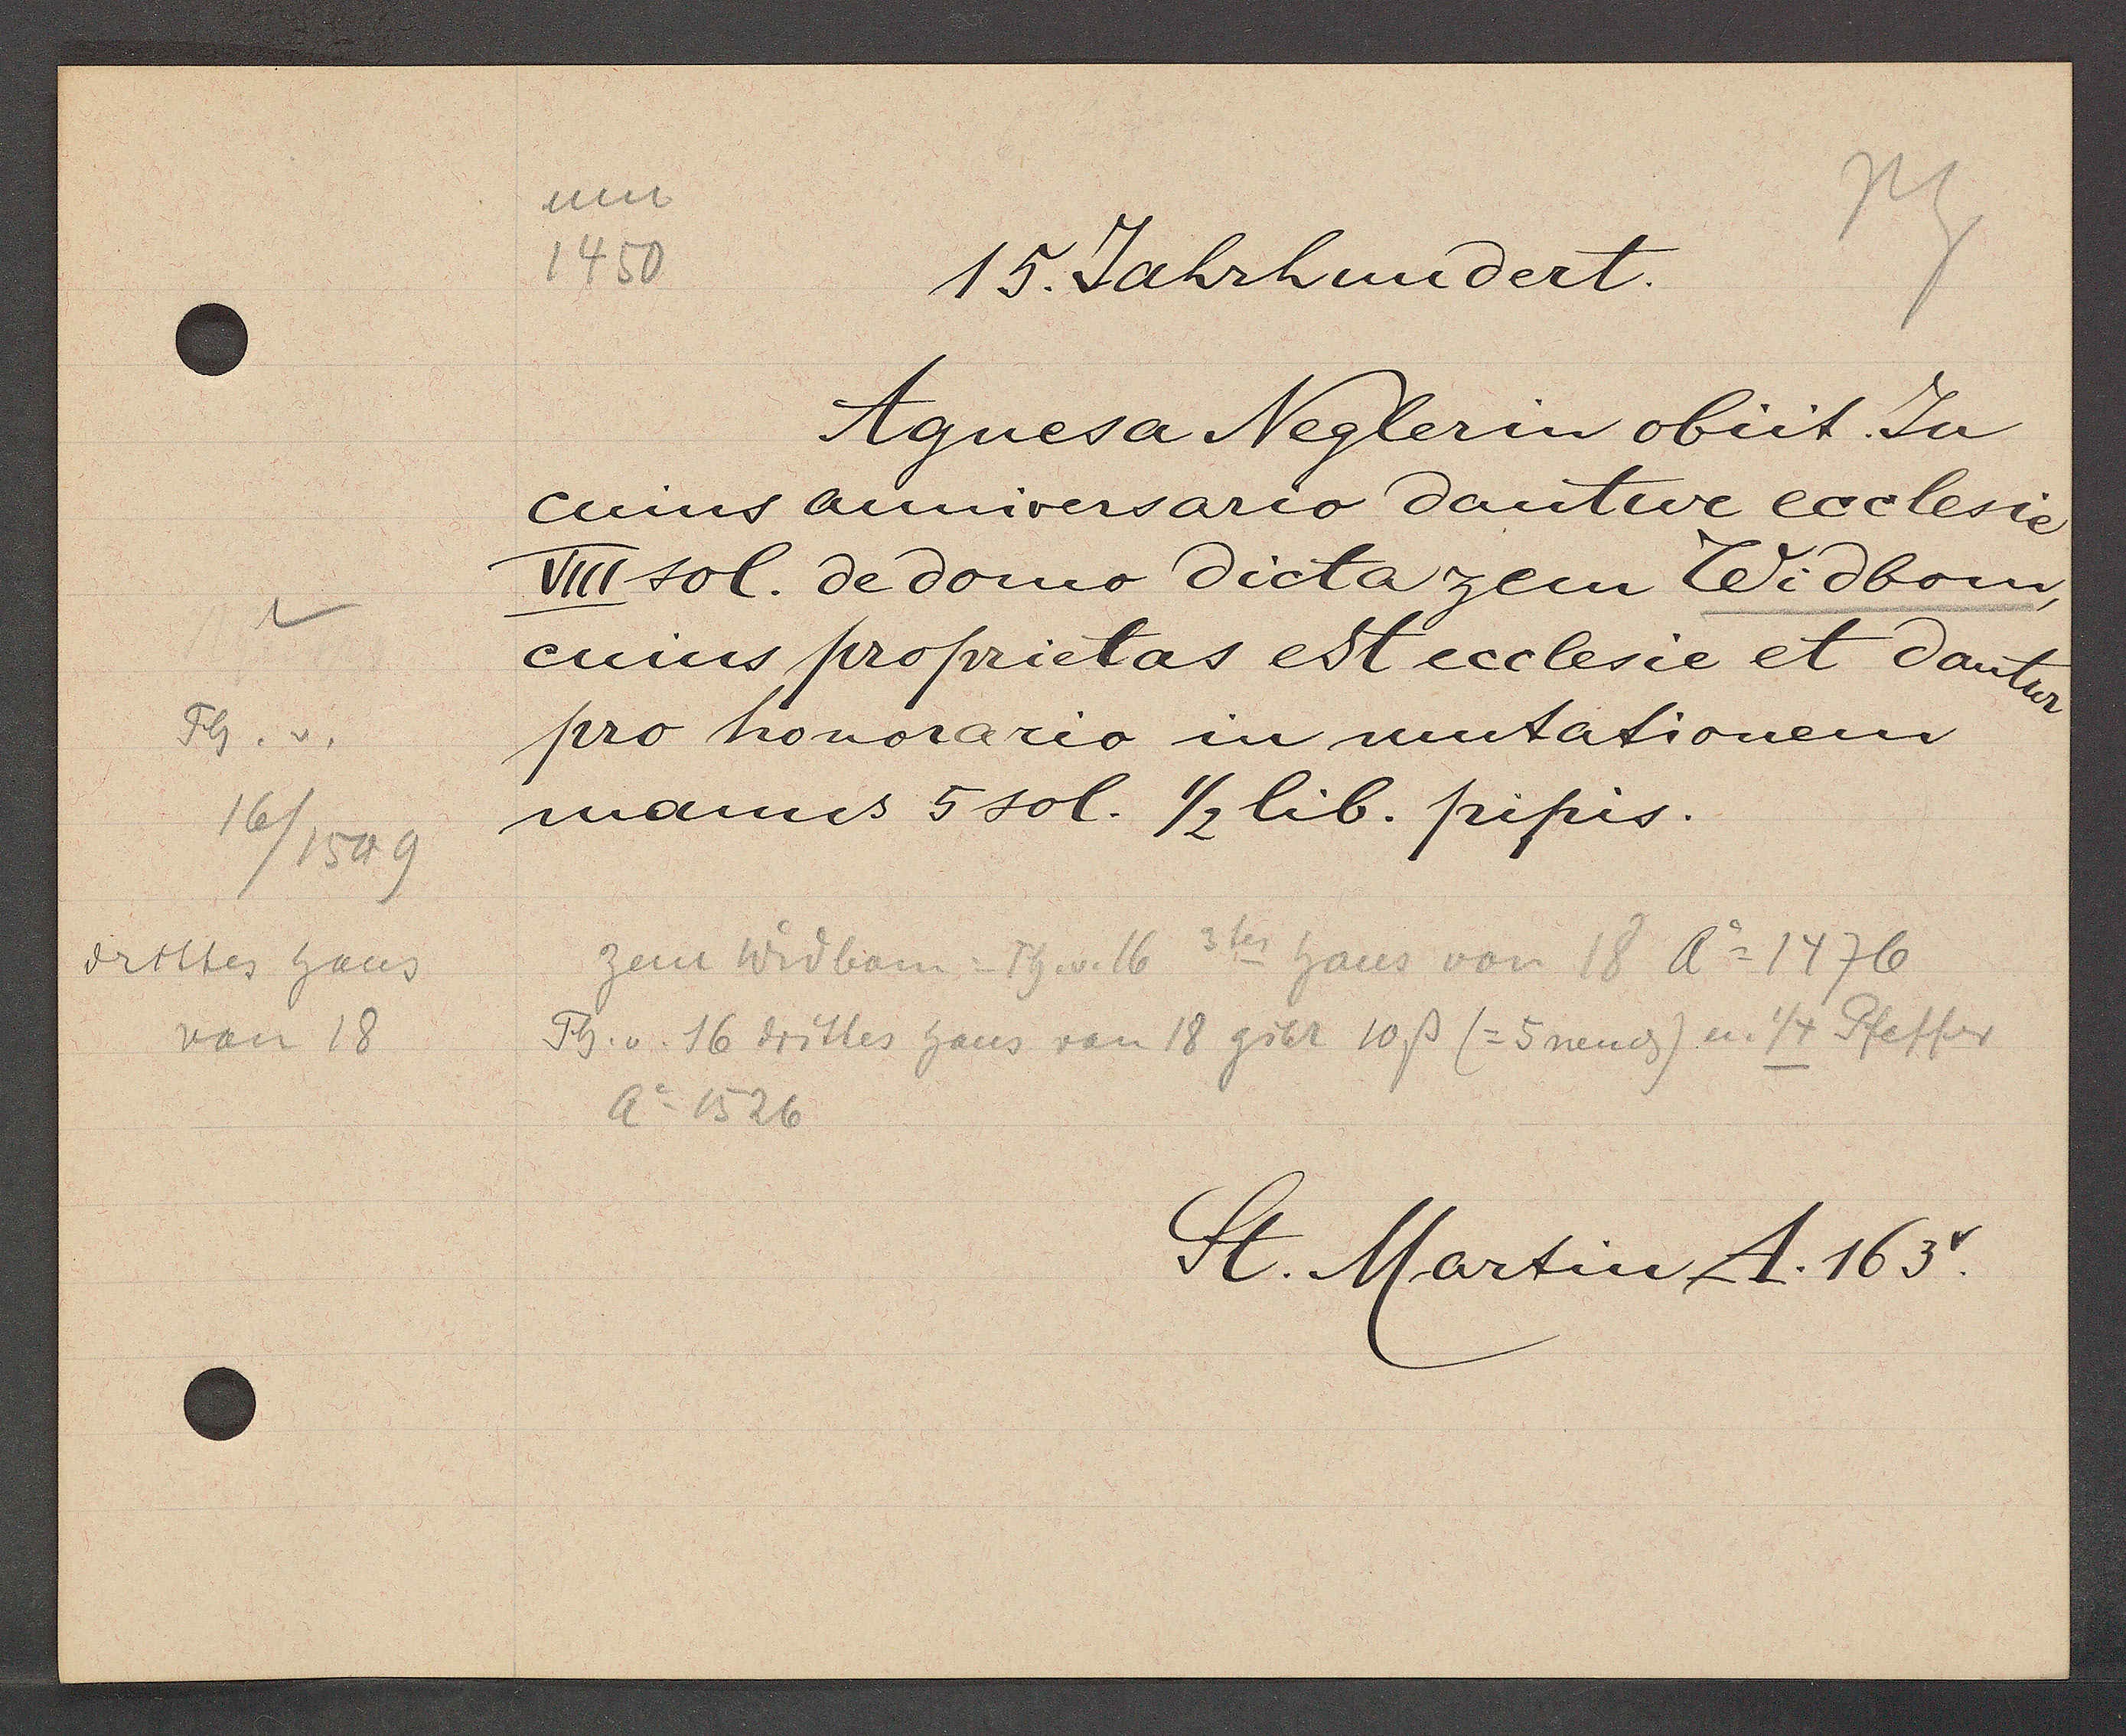
Transcript:
drittes haus
Th. v.
von 18
16
/1549

um
1450

15. Jahrhundert.

cuius anniversario dantur ecclesie
VIII sol. de domo dicta zem Widbom
cuius proprietas est ecclesie et dantur
pro honorario in mutationem
manus 5 sol. 1/2 elib. pipis.
Agnesa Neglerin obiit. Jn

zem Widbam = Th. v. 66 v 3tes haus von 18 Ao 1476
Th. v. 16 drittes haus von 18 gibt 10ß (= 5 nau ȡ) u. 1/4 Pfeffer
Ao 1526

St. Martin A. 163v.